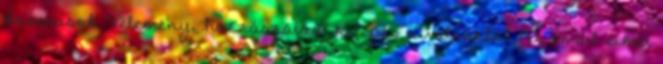
kosarasok Vélemény, hozzászólás? Kilépés a válaszból Az email címet